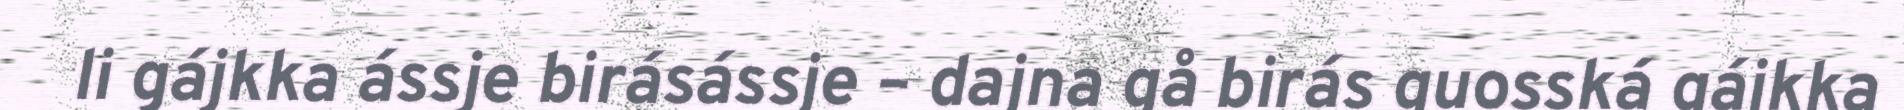
li gájkka ássje birásássje – dajna gå birás guosská gájkka